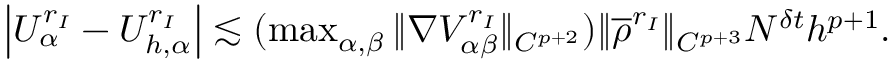
\begin{array} { r } { \left| { U _ { \alpha } ^ { r _ { I } } } - { U _ { h , \alpha } ^ { r _ { I } } } \right| \lesssim ( \operatorname* { m a x } _ { \alpha , \beta } \| \nabla { V _ { \alpha \beta } ^ { r _ { I } } } \| _ { C ^ { p + 2 } } ) \| \overline { { \rho } } ^ { r _ { I } } \| _ { C ^ { p + 3 } } N ^ { \delta t } h ^ { p + 1 } . } \end{array}